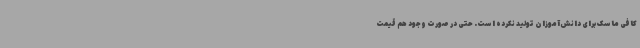
کافی ماسک برای دانش‌آموزان تولید نکرده است. حتی در صورت وجود هم قیمت